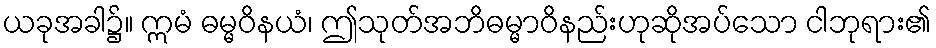
ယခုအခါ၌။ ဣမံ ဓမ္မဝိနယံ၊ ဤသုတ်အဘိဓမ္မာဝိနည်းဟုဆိုအပ်သော ငါဘုရား၏